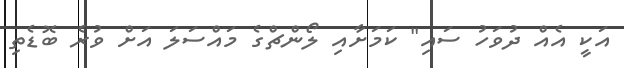
އަކީ އެއް ދުވަހު ސައި" ކަމަށާއި ލޯންޗްގެ މައްސަލަ އަށް ވުރެ ބޮޑެތި